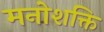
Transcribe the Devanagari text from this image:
मनोशक्ति